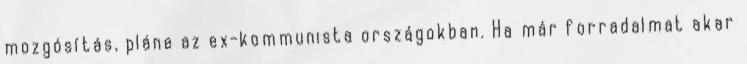
mozgósítás, pláne az ex-kommunista országokban. Ha már forradalmat akar